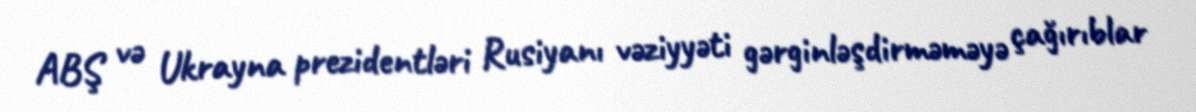
ABŞ və Ukrayna prezidentləri Rusiyanı vəziyyəti gərginləşdirməməyə çağırıblar